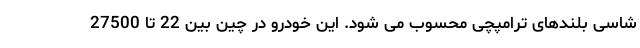
شاسی بلندهای ترامپچی محسوب می شود. این خودرو در چین بین 22 تا 27500